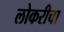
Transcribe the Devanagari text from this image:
लोकरीचा